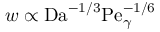
w \propto \mathrm { D a } ^ { - 1 / 3 } \mathrm { P e } _ { \gamma } ^ { - 1 / 6 }